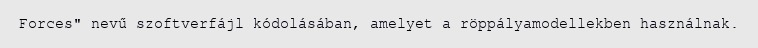
Forces" nevű szoftverfájl kódolásában, amelyet a röppályamodellekben használnak.